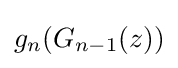
g_{n}(G_{n-1}(z))